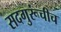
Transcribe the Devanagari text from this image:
सदगुरूंचीच